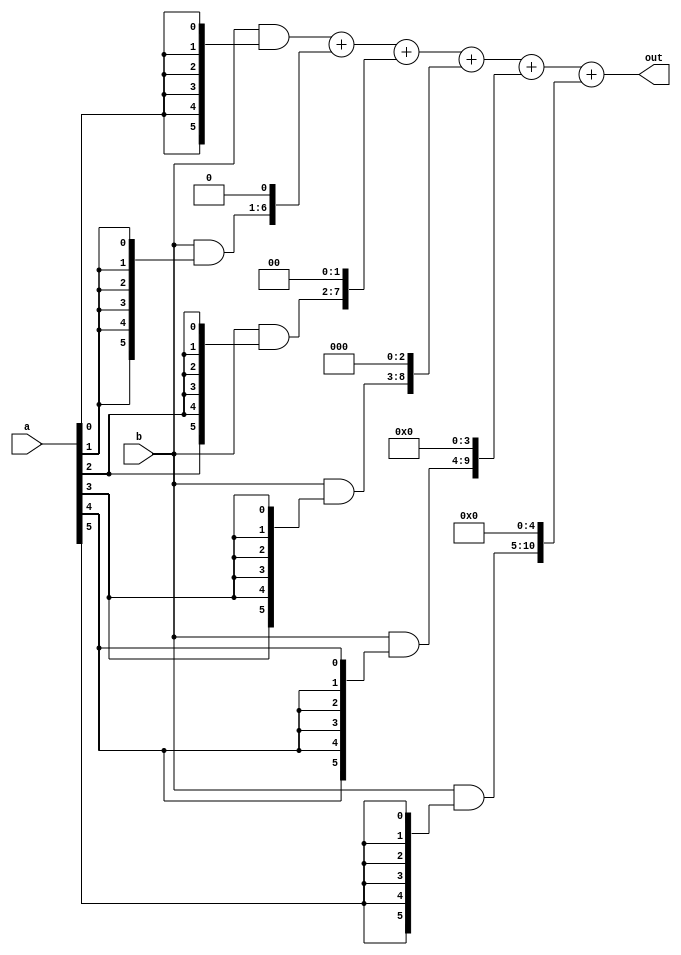
module basic_multiplier(a,b,out);
input [5:0] a,b;
output wire [11:0] out;
integer i;
reg [5:0] partial_p [0:5];
always @*
	for(i=0;i<6;i=i+1)
		partial_p[i]=b & {6{a[i]}};

assign out=partial_p[0]+{partial_p[1],1'b0}+{partial_p[2],2'b0}+{partial_p[3],3'b0}+{partial_p[4],4'b0}+{partial_p[5],5'b0};
endmodule